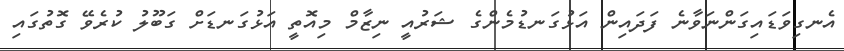
އެނގިވަޑައިގަންނަވާނެ ފަދައިން އަޅުގަނޑުމެންގެ ޝަރުއީ ނިޒާމް މިއޮތީ އަޅުގަނޑަށް ގަބޫލު ކުރެވޭ ގޮތުގައި